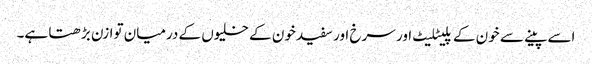
اسے پینے سے خون کے پلیٹلیٹ اور سرخ اور سفید خون کے خلیوں کے درمیان توازن بڑھتا ہے۔